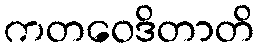
ကတဝေဒိတာတိ